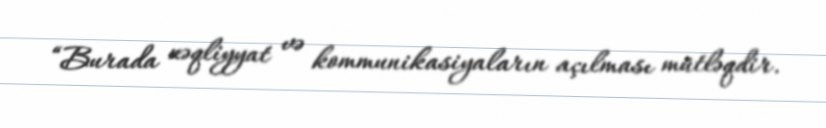
“Burada nəqliyyat və kommunikasiyaların açılması mütləqdir.